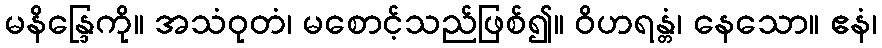
မနိန္ဒြေကို။ အသံဝုတံ၊ မစောင့်သည်ဖြစ်၍။ ဝိဟရန္တံ၊ နေသော။ ဧနံ၊